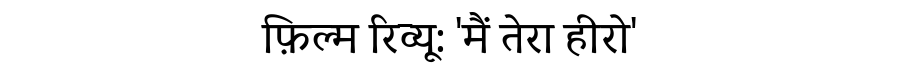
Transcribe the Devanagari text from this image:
फ़िल्म रिव्यू: 'मैं तेरा हीरो'